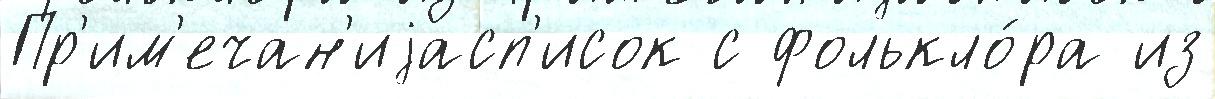
Пр'им'ечан'иjасп'исок с фолькло́ра из